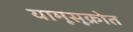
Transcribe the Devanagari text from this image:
यामूसूक्रोत